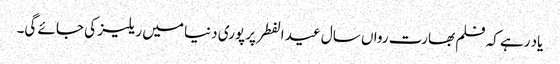
یاد رہے کہ فلم بھارت رواں سال عید الفطر پر پوری دنیا میں ریلیز کی جائے گی۔